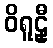
ဝိရူဠှီ